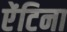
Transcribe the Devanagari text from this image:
ऐंटिना